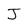
Character: J